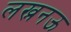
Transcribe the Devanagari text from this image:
लख्ननऊ